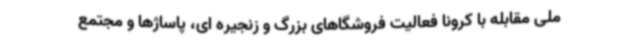
ملی مقابله با کرونا فعالیت فروشگاهای بزرگ و زنجیره ای، پاساژها و مجتمع